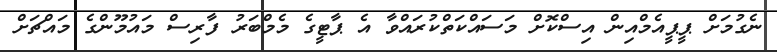
ނެގުމަށް ޕީޕީއެމްއިން އިސްކޮށް މަސައްކަތްކުރައްވާ އެ ޕާޓީގެ މެމްބަރު ފާރިސް މައުމޫންގެ މައްޗަށް